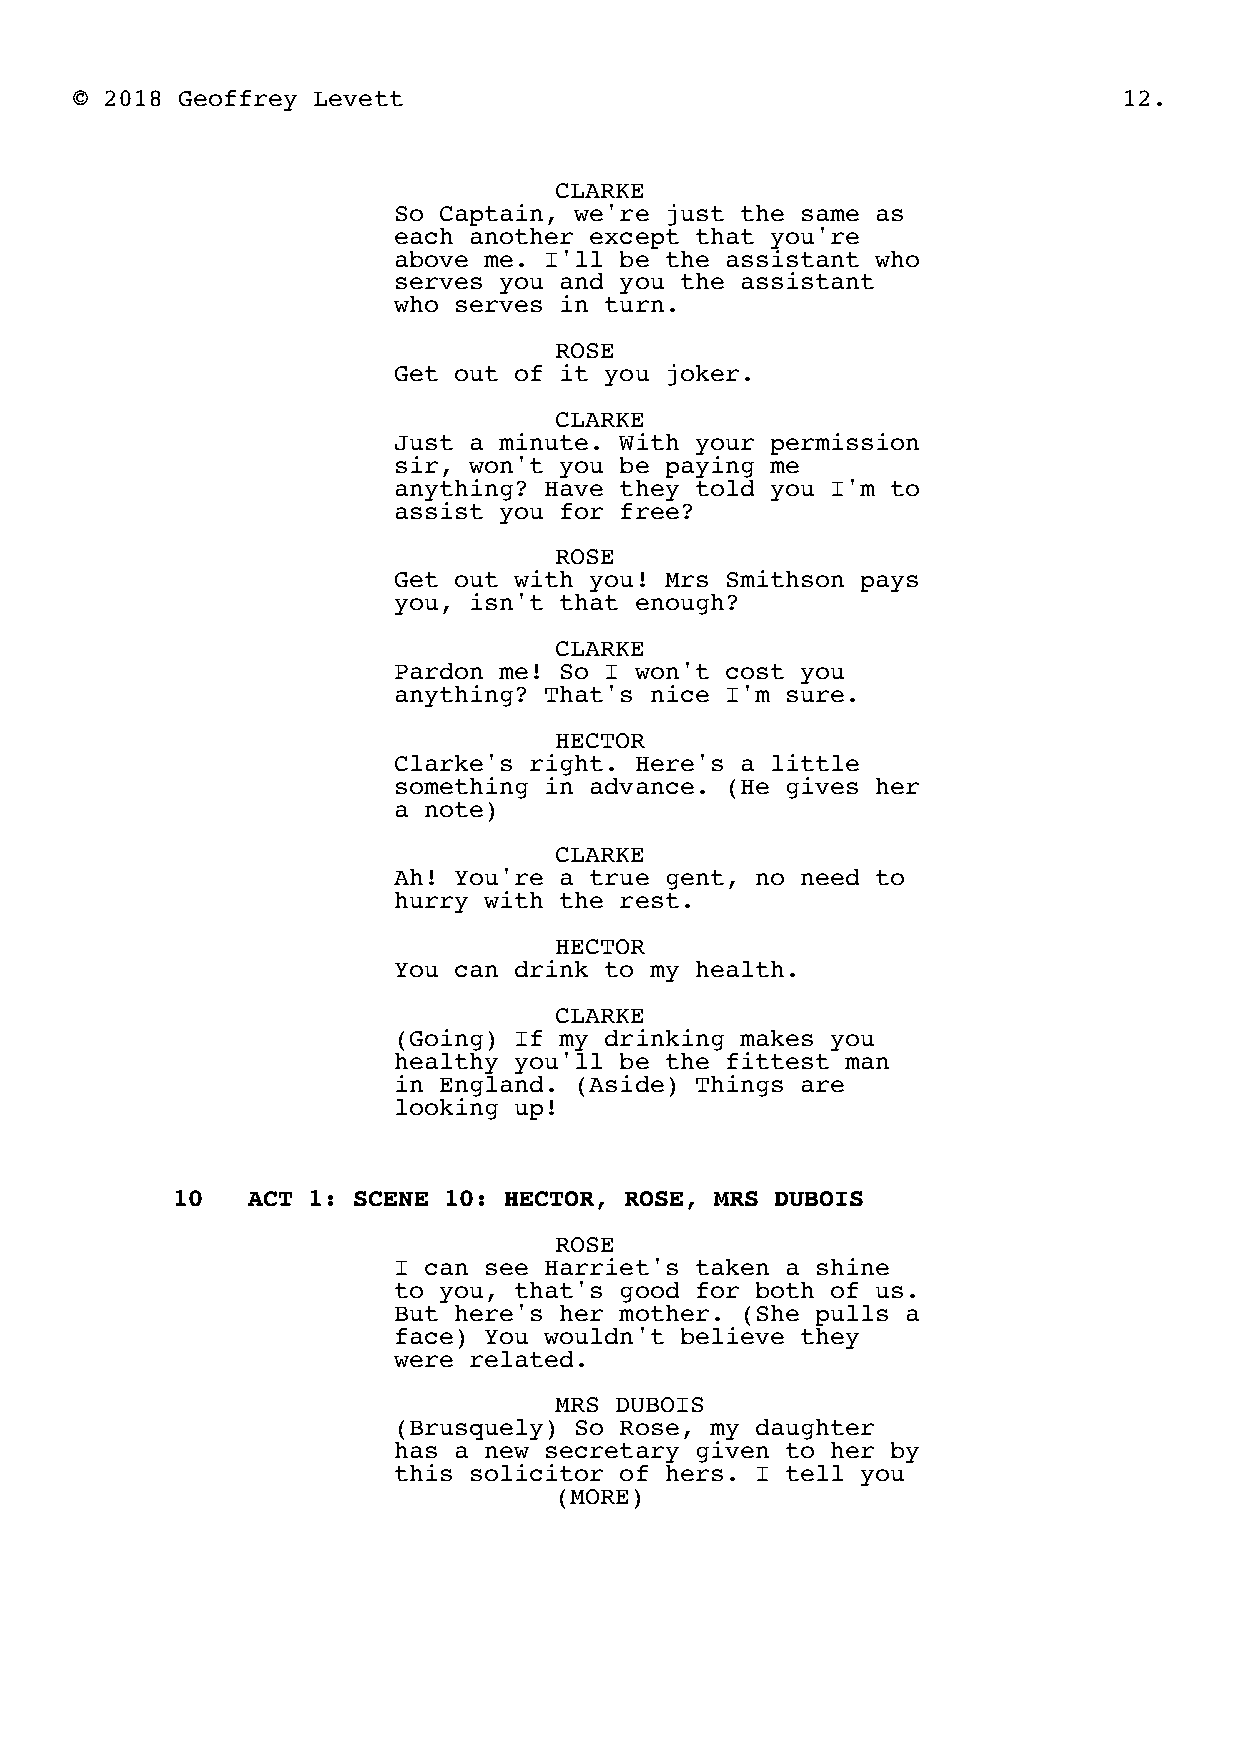
© 2018 Geoffrey Levett                                               12.
 CLARKE
 So Captain, we're just the same as
 each another except that you're
 above me. I'll be the assistant who
 serves you and you the assistant
 who serves in turn.
 ROSE
 Get out of it you joker.
 CLARKE
 Just a minute. With your permission
 sir, won't you be paying me
 anything? Have they told you I'm to
 assist you for free?
 ROSE
 Get out with you! Mrs Smithson pays
 you, isn't that enough?
 CLARKE
 Pardon me! So I won't cost you
 anything? That's nice I'm sure.
 HECTOR
 Clarke's right. Here's a little
 something in advance. (He gives her
 a note)
 CLARKE
 Ah! You're a true gent, no need to
 hurry with the rest.
 HECTOR
 You can drink to my health.
 CLARKE
 (Going) If my drinking makes you
 healthy you'll be the fittest man
 in England. (Aside) Things are
 looking up!
 10   ACT 1: SCENE 10: HECTOR, ROSE, MRS DUBOIS
 ROSE
 I can see Harriet's taken a shine
 to you, that's good for both of us.
 But here's her mother. (She pulls a
 face) You wouldn't believe they
 were related.
 MRS DUBOIS
 (Brusquely) So Rose, my daughter
 has a new secretary given to her by
 this solicitor of hers. I tell you
 (MORE)